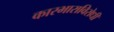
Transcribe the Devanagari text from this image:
कारभाराविरोधी